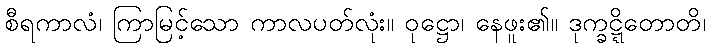
စီရကာလံ၊ ကြာမြင့်သော ကာလပတ်လုံး။ ဝုဋ္ဌော၊ နေဖူး၏။ ဒုက္ခဋ္ဋိတောတိ၊